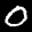
Label: 0